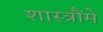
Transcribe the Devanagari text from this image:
शास्त्रौंमे